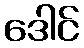
ဒေါင်